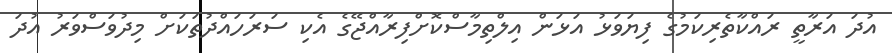
އުދަ އަރާތީ ރައްކާތެރިކަމުގެ ފިޔަވަޅު އަޅަން އިލްތިމާސްކޮށްފިރާއްޖޭގެ އެކި ސަރަހައްދުތަކަށް މިދުވަސްވަރު އުދަ